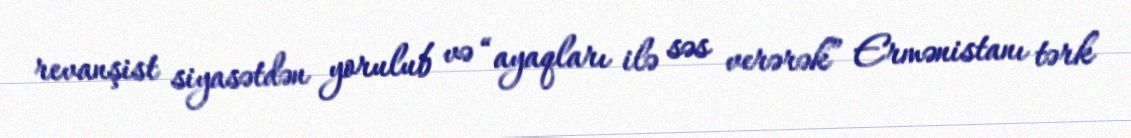
revanşist siyasətdən yorulub və “ayaqları ilə səs verərək” Ermənistanı tərk